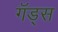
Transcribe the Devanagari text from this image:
गॅड्स